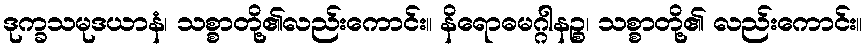
ဒုက္ခသမုဒယာနံ၊ သစ္စာတို့၏လည်းကောင်း။ နိရောဓမဂ္ဂါနဉ္စ၊ သစ္စာတို့၏ လည်းကောင်း။